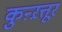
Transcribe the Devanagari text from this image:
कुऩ्ऱत्तूर